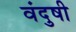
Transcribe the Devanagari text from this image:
वंदुषी